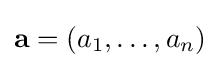
{\bf {a}}=(a_{1},\dots ,a_{n})